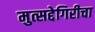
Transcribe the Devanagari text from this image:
मुत्सद्देगिरीचा